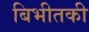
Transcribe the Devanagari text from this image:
बिभीतकी